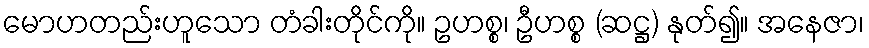
မောဟတည်းဟူသော တံခါးတိုင်ကို။ ဥဟစ္စ၊ ဦဟစ္စ (ဆဋ္ဌ) နုတ်၍။ အနေဇာ၊